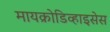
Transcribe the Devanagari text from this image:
मायक्रोडिव्हाइसेस